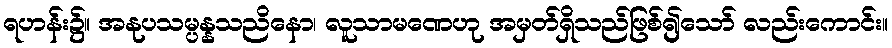
ရဟန်း၌။ အနုပသမ္ပန္နသညိနော၊ လူသာမဏေဟု အမှတ်ရှိသည်ဖြစ်၍သော် လည်းကောင်း။